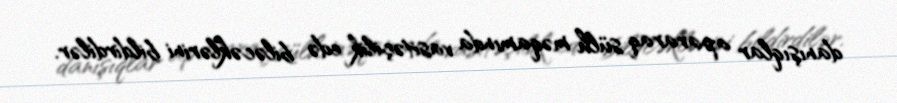
danışıqlar apararaq sülh məqamında vasitəçilik edə biləcəklərini bildirdilər.